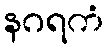
နဂရကံ